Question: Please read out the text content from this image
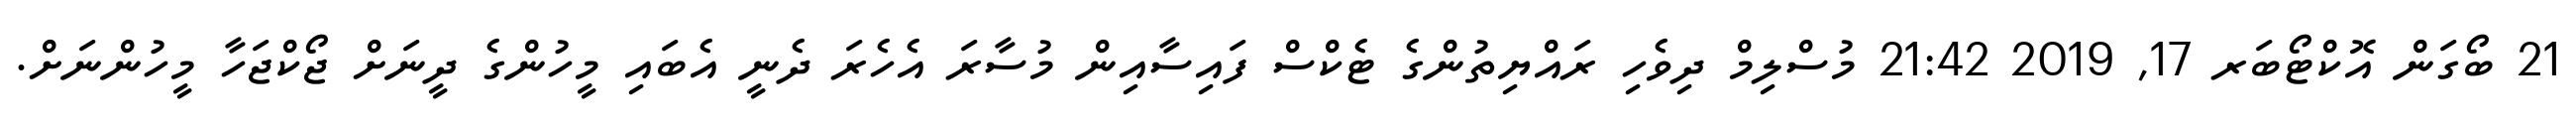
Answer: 21 ބޯގަން އޮކްޓޯބަރ 17, 2019 21:42 މުސްލިމް ދިވެހި ރައްޔިތުންގެ ޓެކްސް ފައިސާއިން މުސާރަ އެހެރަ ދެނީ އެބައި މީހުންގެ ދީނަށް ޖޯކްޖަހާ މީހުންނަށް.